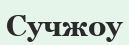
Сучжоу